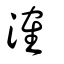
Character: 㴶